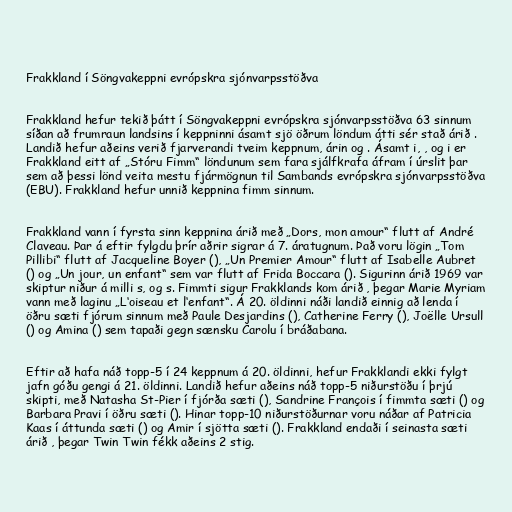
Frakkland í Söngvakeppni evrópskra sjónvarpsstöðva

Frakkland hefur tekið þátt í Söngvakeppni evrópskra sjónvarpsstöðva 63 sinnum
síðan að frumraun landsins í keppninni ásamt sjö öðrum löndum átti sér stað árið .
Landið hefur aðeins verið fjarverandi tveim keppnum, árin og . Ásamt i, , og i er
Frakkland eitt af „Stóru Fimm“ löndunum sem fara sjálfkrafa áfram í úrslit þar
sem að þessi lönd veita mestu fjármögnun til Sambands evrópskra sjónvarpsstöðva
(EBU). Frakkland hefur unnið keppnina fimm sinnum.

Frakkland vann í fyrsta sinn keppnina árið með „Dors, mon amour“ flutt af André
Claveau. Þar á eftir fylgdu þrír aðrir sigrar á 7. áratugnum. Það voru lögin „Tom
Pillibi“ flutt af Jacqueline Boyer (), „Un Premier Amour“ flutt af Isabelle Aubret
() og „Un jour, un enfant“ sem var flutt af Frida Boccara (). Sigurinn árið 1969 var
skiptur niður á milli s, og s. Fimmti sigur Frakklands kom árið , þegar Marie Myriam
vann með laginu „L‘oiseau et l‘enfant“. Á 20. öldinni náði landið einnig að lenda í
öðru sæti fjórum sinnum með Paule Desjardins (), Catherine Ferry (), Joëlle Ursull
() og Amina () sem tapaði gegn sænsku Carolu í bráðabana.

Eftir að hafa náð topp-5 í 24 keppnum á 20. öldinni, hefur Frakklandi ekki fylgt
jafn góðu gengi á 21. öldinni. Landið hefur aðeins náð topp-5 niðurstöðu í þrjú
skipti, með Natasha St-Pier í fjórða sæti (), Sandrine François í fimmta sæti () og
Barbara Pravi í öðru sæti (). Hinar topp-10 niðurstöðurnar voru náðar af Patricia
Kaas í áttunda sæti () og Amir í sjötta sæti (). Frakkland endaði í seinasta sæti
árið , þegar Twin Twin fékk aðeins 2 stig.